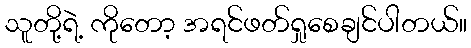
သူတို့ရဲ့ ကိုတော့ အရင်ဖတ်ရှုစေချင်ပါတယ်။